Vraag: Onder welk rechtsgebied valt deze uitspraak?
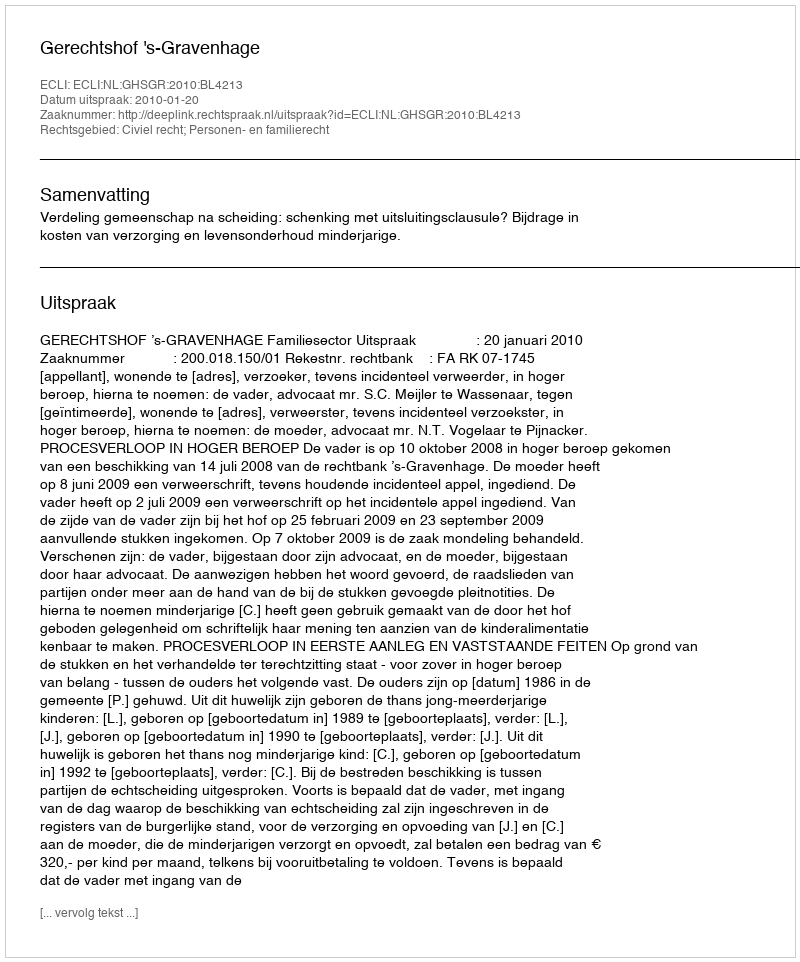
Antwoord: Civiel recht; Personen- en familierecht